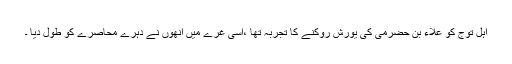
اہل توّج کو علاء بن حضرمی کی یورش روکنے کا تجربہ تھا ،اسی غرے میں انھوں نے دہرے محاصرے کو طول دیا ۔